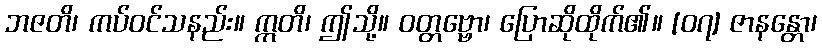
ဘဇတိ၊ ကပ်ဝင်သနည်း။ ဣတိ၊ ဤသို့။ ဝတ္တဗ္ဗော၊ ပြောဆိုထိုက်၏။ [၀၇] ဇာနန္တော၊